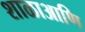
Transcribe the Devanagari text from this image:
शाळाआणि